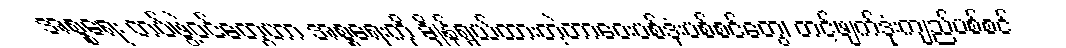
အစ္စရေး တပ်ဖွဲ့ဝင်တွေဟာ အစ္စရေးကို ချိန်ရွယ်ထားတဲ့တာဝေးပစ်ဒုံးပစ်စင်တွေ၊ တင့်ဖျက်ဒုံးကျည်ပစ်စင်